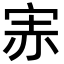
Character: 𡨁